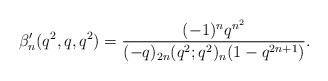
LaTeX: \begin{align*}\beta_n'(q^2,q,q^2)=\frac{(-1)^nq^{n^2}}{(-q)_{2n}(q^2;q^2)_n(1-q^{2n+1})}.\end{align*}